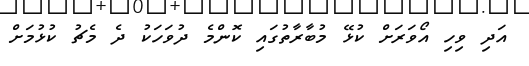
އަދި ވިހި އޯވަރަށް ކުޅޭ މުބާރާތުގައި ކޮންމެ ދުވަހަކު ދެ މެޗު ކުޅުމަށް